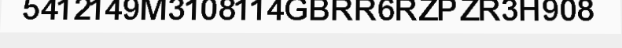
5412149M3108114GBRR6RZPZR3H908